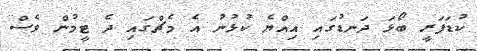
ކުޑަފަރީ ބޯޅަ ދަނޑުގައި އިއްޔެ ކުޅުނު އެ މެޗްގައި ދެ ޓީމުން ވެސް